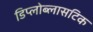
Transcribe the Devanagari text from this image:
डिप्लोब्लासटिक